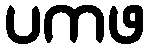
ပကဖ